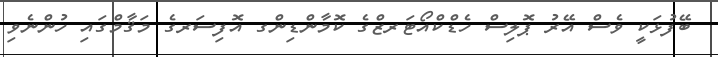
ބޭފުޅަކީ ވެސް އޭރު ޕޮލިސް ހެޑްކްއޯޓަރޒްގެ ކޮމާންޑިންގ އޮފިސަރގެ މަޤާމްގައި ހުންނެވި